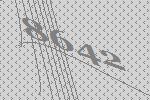
8642